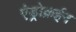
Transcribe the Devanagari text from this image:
एंड्रोक्रईन